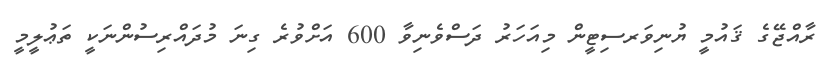
ރާއްޖޭގެ ޤައުމީ ޔުނިވަރސިޓީން މިއަހަރު ދަސްވެނިވާ 600 އަށްވުރެ ގިނަ މުދައްރިސުންނަކީ ތަޢުލީމީ